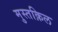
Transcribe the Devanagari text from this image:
मुस्तक़िल